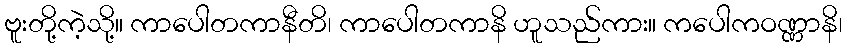
ဗူးတို့ကဲ့သို့။ ကာပေါတကာနီတိ၊ ကာပေါတကာနိ ဟူသည်ကား။ ကပေါကဝဏ္ဏာနိ၊